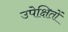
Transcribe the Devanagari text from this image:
उपेक्षितों